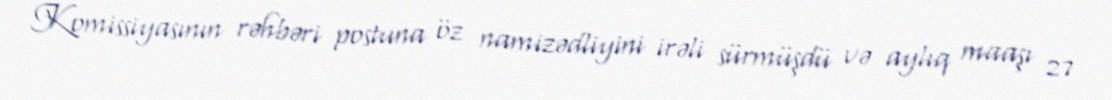
Komissiyasının rəhbəri postuna öz namizədliyini irəli sürmüşdü və aylıq maaşı 27